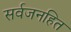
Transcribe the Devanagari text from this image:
सर्वजनहित